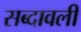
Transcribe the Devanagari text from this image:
सब्दावली